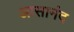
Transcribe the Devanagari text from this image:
आसानंद